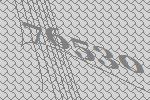
76530